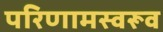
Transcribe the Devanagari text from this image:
परिणामस्वरूव